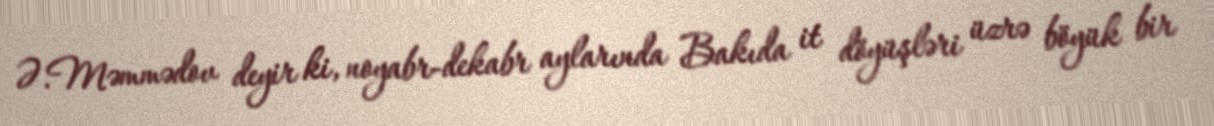
Ə.Məmmədov deyir ki, noyabr-dekabr aylarında Bakıda it döyüşləri üzrə böyük bir